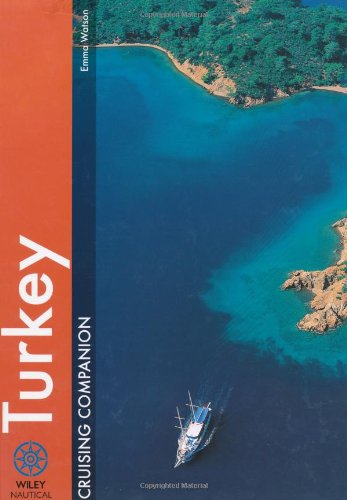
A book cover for Turkey Cruising Companion: A yachtsman's pilot and crusing guide to the ports and harbours from the esme peninsula to Antalya (Wiley Nautical); Emma Watson; Travel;